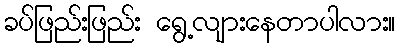
ခပ်ဖြည်းဖြည်း ရွေ့လျားနေတာပါလား။